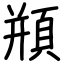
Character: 頩